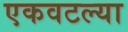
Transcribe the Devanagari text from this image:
एकवटल्या